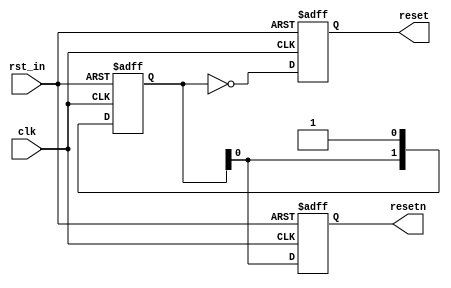
module reset_sync(
	clk,
	rst_in,
	reset,
	resetn
);

parameter SYNC_CYCLES=2;
parameter IN_POLARITY=1;
parameter OUT_POLARITY=1;

(* X_INTERFACE_INFO = "xilinx.com:signal:clock:1.0 clk CLK" *)
input	clk;
input	rst_in;
(* X_INTERFACE_INFO = "xilinx.com:signal:reset:1.0 reset RST" *)
(* X_INTERFACE_PARAMETER = "POLARITY ACTIVE_HIGH, ASSOCIATED_CLOCK clk" *)
output	reset;
(* X_INTERFACE_INFO = "xilinx.com:signal:reset:1.0 resetn RST" *)
(* X_INTERFACE_PARAMETER = "POLARITY ACTIVE_LOW, ASSOCIATED_CLOCK clk" *)
output	resetn;

reg reset;
reg resetn;

wire rst_a;

(* ASYNC_REG = "TRUE" *)
reg [SYNC_CYCLES-1:0] rst_sync;

assign rst_a = IN_POLARITY ? rst_in : !rst_in;

always @(posedge clk, posedge rst_a)
begin
	if(rst_a)
		rst_sync <= 'b0;
	else
		rst_sync <= {rst_sync,1'b1};
end

always @(posedge clk, posedge rst_a)
begin
	if(rst_a) begin
		reset <= 1'b1;
		resetn <= 1'b0;
	end
	else begin
		reset <= !rst_sync[SYNC_CYCLES-1:0];
		resetn <= rst_sync[SYNC_CYCLES-1:0];
	end
end

endmodule